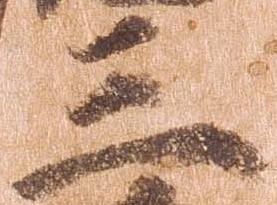
三